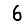
Digit: 6